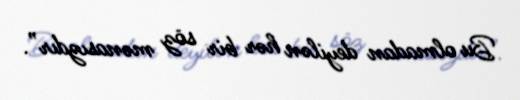
Bu olmadan deyilən hər bir söz mənasızdır”.